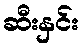
ဆီးနှင်း